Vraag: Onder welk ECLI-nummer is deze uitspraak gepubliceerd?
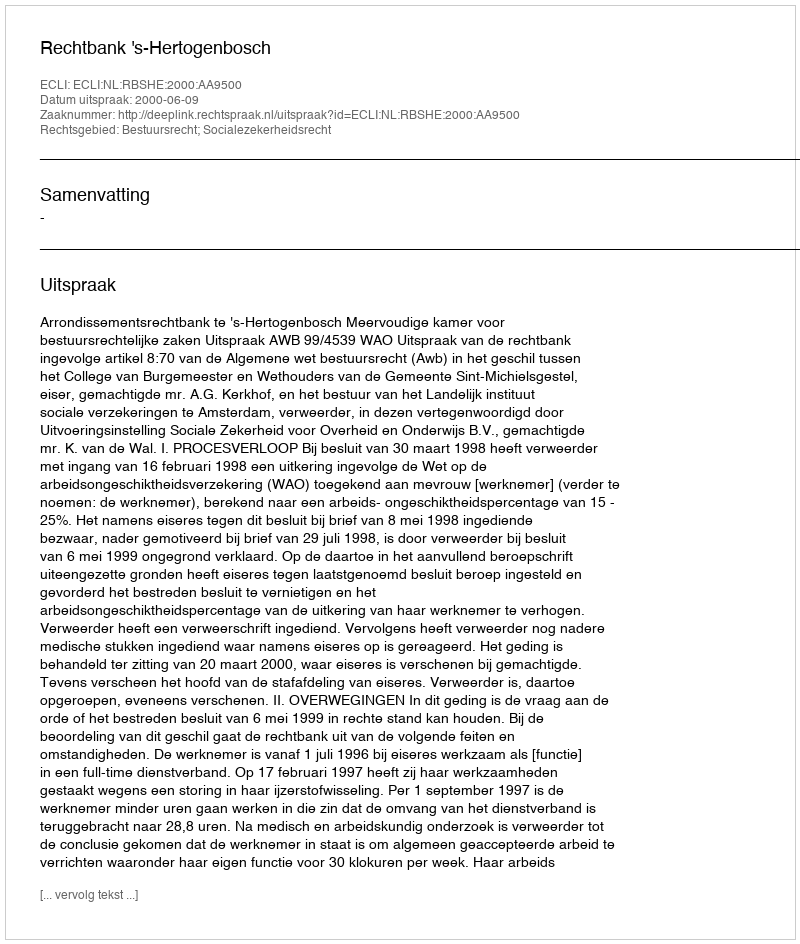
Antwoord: ECLI:NL:RBSHE:2000:AA9500